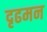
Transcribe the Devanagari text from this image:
दृढमन